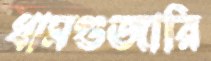
ধামগুজারি